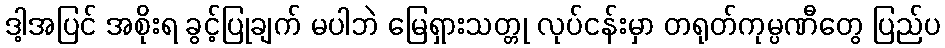
ဒါ့အပြင် အစိုးရ ခွင့်ပြုချက် မပါဘဲ မြေရှားသတ္တု လုပ်ငန်းမှာ တရုတ်ကုမ္ပဏီတွေ ပြည်ပ